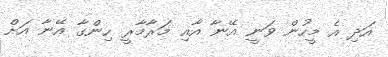
އަދި އެ މީހުން ވަނީ އޭނާ އާއި މަރާމާރީ ހިންގާ އޭނާ އަށް